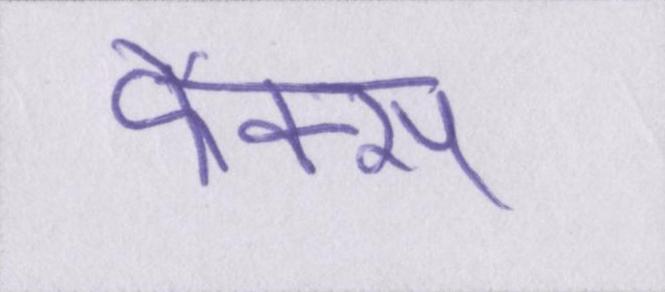
फैक्स